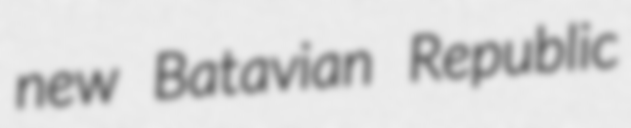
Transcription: new Batavian Republic